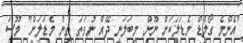
"އެންމެ ގޯލްޑް މެޑަލަކަށް ނޫން މިބަލަނީ ދޭއް ނުވަތަ ތިން މެޑަލަށް" މޫސަ